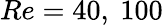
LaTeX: Re=40,\ 100